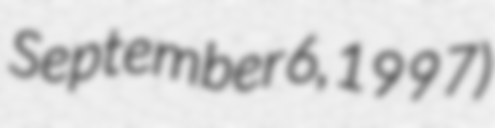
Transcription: September 6, 1997)